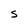
Character: S